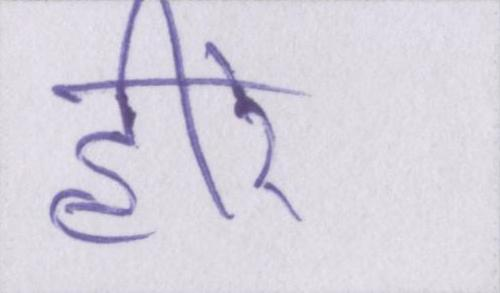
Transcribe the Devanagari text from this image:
हीरे